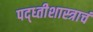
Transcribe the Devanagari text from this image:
पद्ध्तीशास्त्राचं